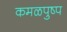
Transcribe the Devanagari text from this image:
कमळपुष्प